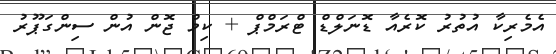
އެމެރިކާ އުތުރު ކޮރެއާ ޑޮނަލްޑް ޓްރަމްޕް + ކިމް ޖޮން އުން ސިންގަޕޫރު